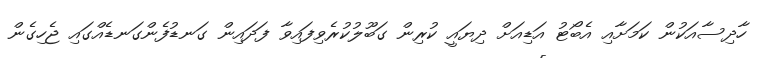
ހާދިސާއަކުން ކަމަށާއި އެބޯޓު އަޑިއަށް ދިޔައީ ކުރިން ގަބޫލުކުރެވިފައިވާ ފަދައިން ގަނޑުފެންގަނޑެއްގައި ޖެހިގެން